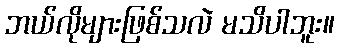
ဘယ်လိုများဖြစ်သလဲ မသိပါဘူး။